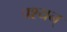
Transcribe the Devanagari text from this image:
पश्यन्